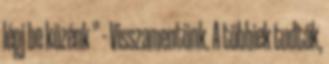
lépj be közénk ” – Visszamentünk. A többiek tudták,